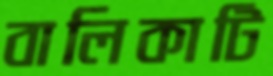
বালিকাটি